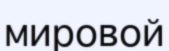
мировой